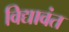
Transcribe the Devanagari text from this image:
विद्यावंत